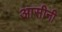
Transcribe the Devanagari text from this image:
आसीनी